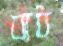
বাধ